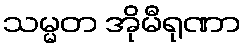
သမ္မတ အိုမီရုဏာ